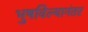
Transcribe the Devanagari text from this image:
भुषविल्यानंतर